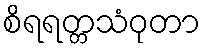
စိရရတ္တသံဝုတာ